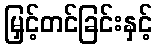
မြှင့်တင်ခြင်းနှင့်